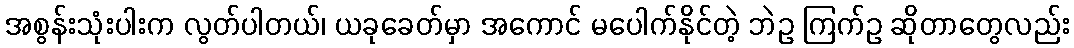
အစွန်းသုံးပါးက လွတ်ပါတယ်၊ ယခုခေတ်မှာ အကောင် မပေါက်နိုင်တဲ့ ဘဲဥ ကြက်ဥ ဆိုတာတွေလည်း